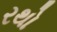
રથો